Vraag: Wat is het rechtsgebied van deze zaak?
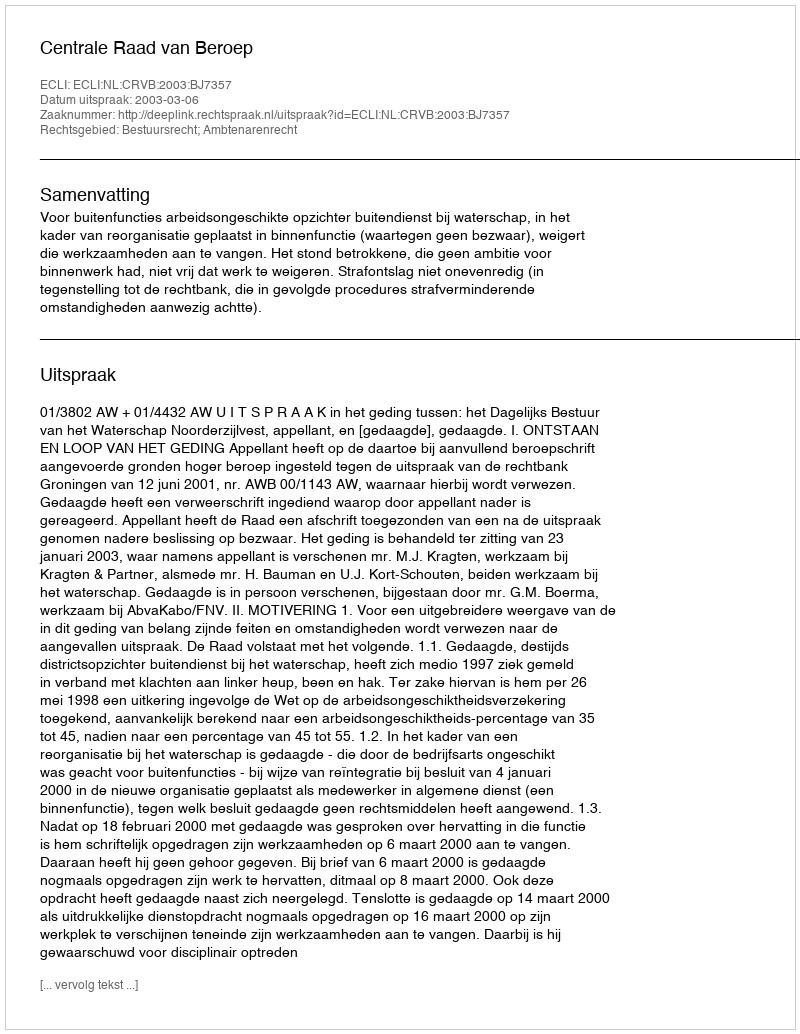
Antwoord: Bestuursrecht; Ambtenarenrecht